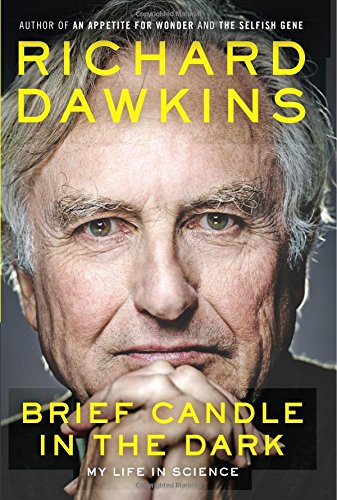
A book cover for Brief Candle in the Dark: My Life in Science; Richard Dawkins; Science & Math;